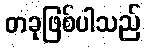
တခုဖြစ်ပါသည်